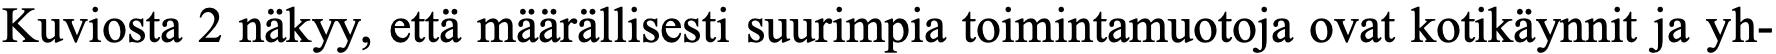
Kuviosta 2 näkyy, että määrällisesti suurimpia toimintamuotoja ovat kotikäynnit ja yh-